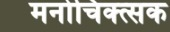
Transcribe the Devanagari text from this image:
मनोचिक्त्सक